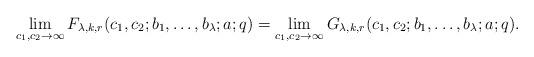
LaTeX: \begin{align*}\lim_{c_1,c_2\to\infty}F_{\lambda,k,r}(c_1,c_2;b_1,\dots,b_\lambda;a;q)=\lim_{c_1,c_2\to\infty}G_{\lambda,k,r}(c_1,c_2;b_1,\dots,b_\lambda;a;q).\end{align*}